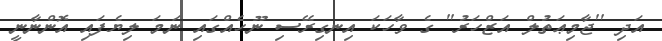
އަދި ''ޖާމިޢަތުލް އަޒްހަރު'' ގެ ވާހަކަ އިނގިރޭސި ނޫހެއްގައި ނަމަ ލިޔެފައި އޮންނާނީ